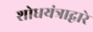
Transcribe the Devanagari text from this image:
शोधयंत्राद्वारे